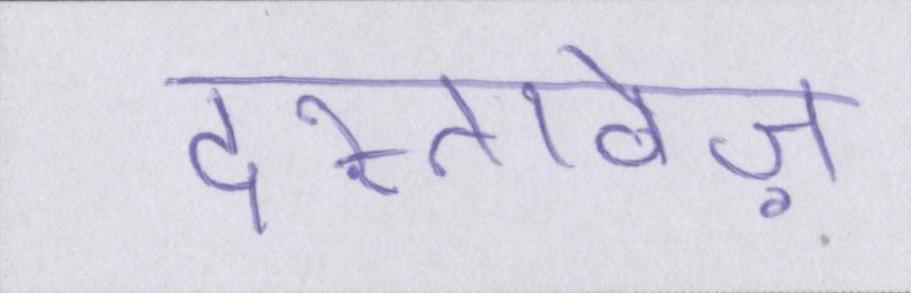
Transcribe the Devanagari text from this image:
दस्तावेज़